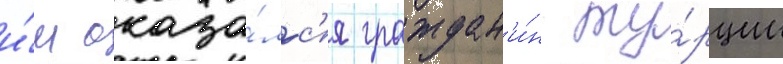
и́м оказа́лс'я граждан'и́н ту́рции